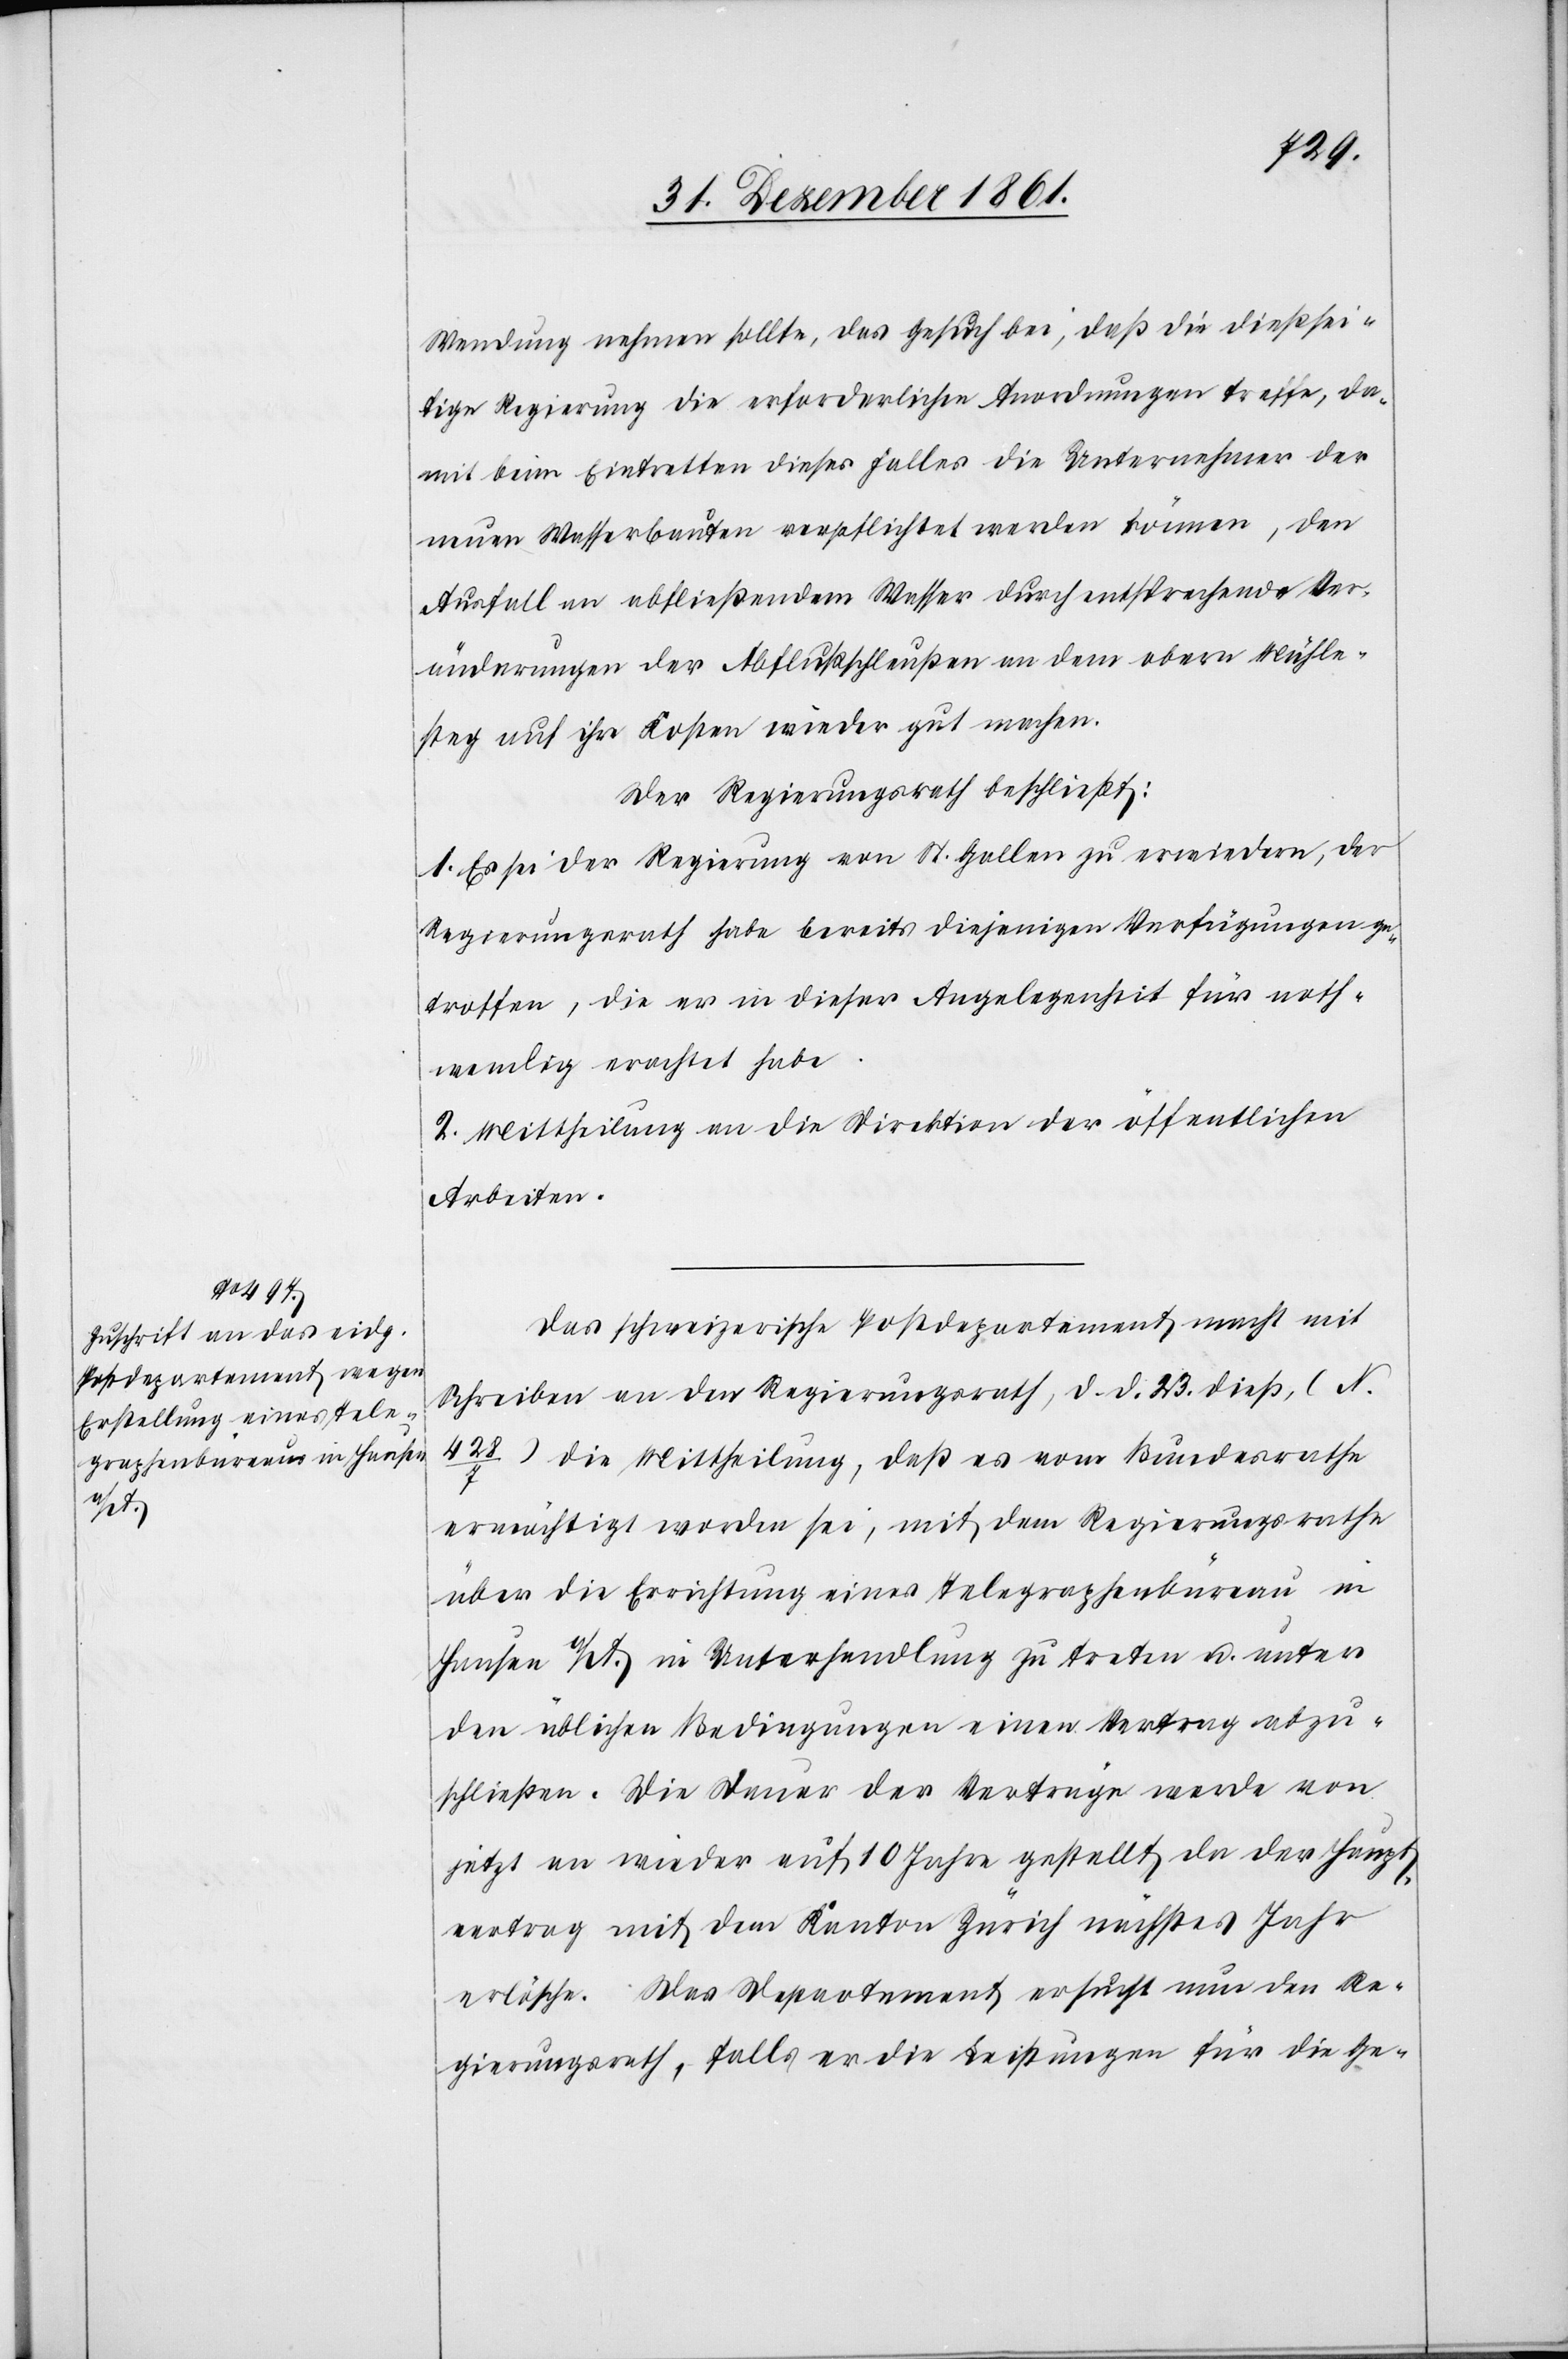
Wendung nehmen sollte, das Gesuch bei, daß die dießsei¬
tige Regierung die erforderlichen Anordnungen treffe, da¬
mit beim Eintretten dieses Falles die Unternehmer der
neuen Wasserbauten verpflichtet werden können, den
Ausfall an abfließendem Wasser durch entsprechende Ver¬
änderungen der Abflußschleußen an dem obern Mühle¬
steg auf ihre Kosten wieder gut [zu] machen.
Der Regierungsrath beschließt:
1. Es sei der Regierung von St. Gallen zu erwiedern, der
Regierungsrath habe bereits diejenigen Verfügungen ge¬
troffen, die er in dieser Angelegenheit für noth¬
wendig erachtet habe.
2. Mittheilung an die Direktion der öffentlichen
Arbeiten.
Das schweizerische Postdepartement macht mit
Schreiben an den Regierungsrath, d. d. 23 dieß, (N.
428/7) die Mittheilung, daß es vom Bundesrathe
ermächtigt worden sei, mit dem Regierungsrathe
über die Errichtung eines Telegraphenbüreau in
Hausen a/A. in Unterhandlung zu treten u. unter
den üblichen Bedingungen einen Vertrag abzu¬
schließen. Die Dauer der Verträge werde von
jetzt an wieder auf 10 Jahre gestellt da der Haupt¬
vertrag mit dem Kanton Zürich nächstes Jahr
erlösche. Das Departement ersucht nun den Re¬
gierungsrath, falls er die Leistungen für die Ge-